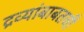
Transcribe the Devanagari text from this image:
द्रव्यांबाबतची